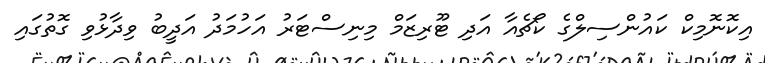
އިކޮނޮމިކް ކައުންސިލްގެ ކޯޗެއާ އަދި ޓޫރިޒަމް މިނިސްޓަރު އަހުމަދު އަދީބު ވިދާޅުވި ގޮތުގައި